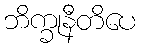
ဘိက္ခုနီတိပေ